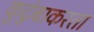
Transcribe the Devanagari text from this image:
कुटुंबाकरता